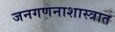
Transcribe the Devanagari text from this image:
जनगणनाशास्त्रात